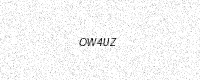
Text: OW4UZ